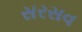
સરસવ